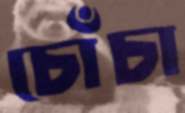
চোঁচা